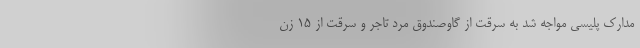
مدارک پلیسی مواجه شد به سرقت از گاوصندوق مرد تاجر و سرقت از 15 زن